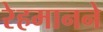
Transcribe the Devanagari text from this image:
रेहमानने